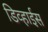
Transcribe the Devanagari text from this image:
डिव्हाईस